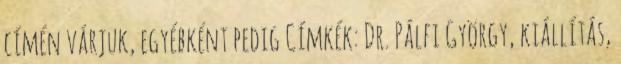
címén várjuk, egyébként pedig Címkék: Dr. Pálfi György, kiállítás,